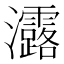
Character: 𤅟